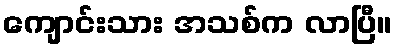
ကျောင်းသား အသစ်က လာပြီ။